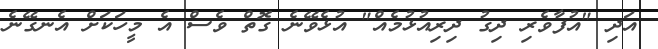
އަދި "އުފާވެރި ދިގު ދިރިއުޅުމެއް" އުޅެވޭނެ ގޮތް ވެސް އެ މީހަކަށް އެނގޭނެ